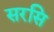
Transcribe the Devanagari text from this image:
सरसि